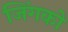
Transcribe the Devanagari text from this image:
जिंगको